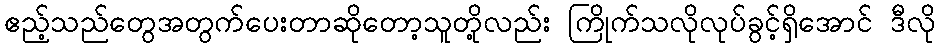
ဧည့်သည်တွေအတွက်ပေးတာဆိုတော့သူတို့လည်း ကြိုက်သလိုလုပ်ခွင့်ရှိအောင် ဒီလို